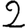
Digit: 2